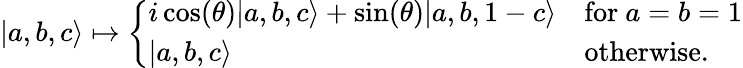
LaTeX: |a,b,c\rangle\mapsto{\left\{ \begin{array}{ll}{i\cos(\theta)|a,b,c\rangle+\sin(\theta)|a,b,1-c\rangle}&{{\mathrm{for~}}a=b=1}\\ {|a,b,c\rangle}&{{\mathrm{otherwise.}}}\end{array}\right.}